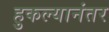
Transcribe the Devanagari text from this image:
हुकल्यानंतर